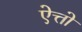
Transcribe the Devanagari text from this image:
ऐत्तो